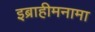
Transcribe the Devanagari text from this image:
इब्राहीमनामा